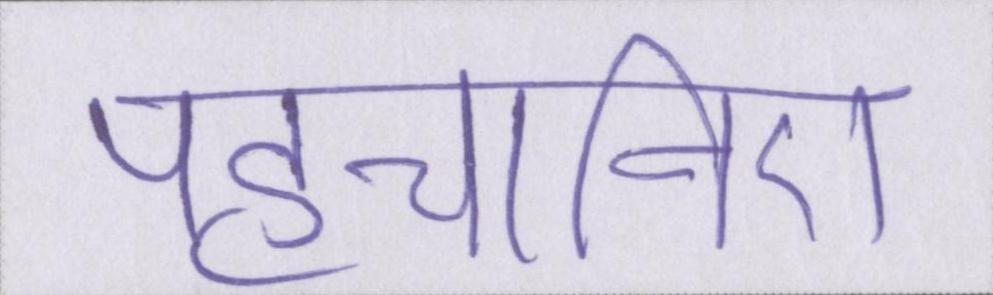
पहचानिए